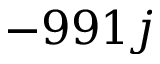
- 9 9 1 j